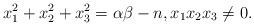
\begin{align*}x_1^2 + x_2^2 + x_3^2 = \alpha\beta - n,x_1x_2x_3 \neq 0.\end{align*}